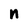
Character: n